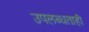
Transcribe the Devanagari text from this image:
उपलब्धताही